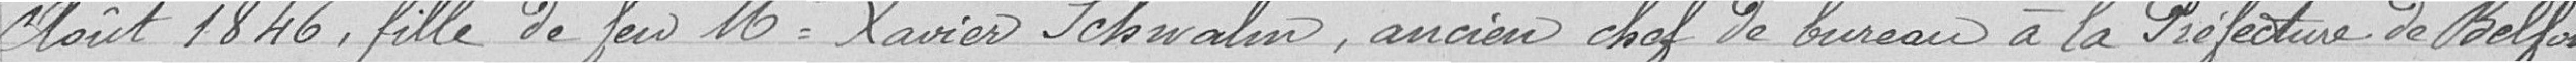
août 1846, fille de feu M. Xavier Schwalm, ancien chef de bureau de la Préfecture de Belfort